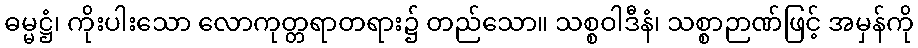
ဓမ္မဋ္ဌံ၊ ကိုးပါးသော လောကုတ္တရာတရား၌ တည်သော။ သစ္စဝါဒီနံ၊ သစ္စာဉာဏ်ဖြင့် အမှန်ကို